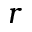
r